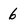
Character: 6